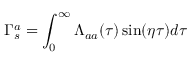
\Gamma _ { s } ^ { a } = \int _ { 0 } ^ { \infty } \Lambda _ { a a } ( \tau ) \sin ( \eta \tau ) d \tau